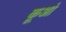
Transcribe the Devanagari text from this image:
कूआं